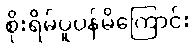
စိုးရိမ်ပူပန်မိကြောင်း